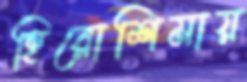
হিরোশিমায়